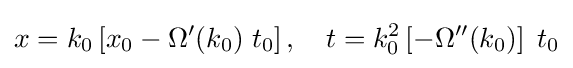
x=k_{0}\left[x_{0}-\Omega '(k_{0})\;t_{0}\right],\quad t=k_{0}^{2}\left[-\Omega ''(k_{0})\right]\;t_{0}